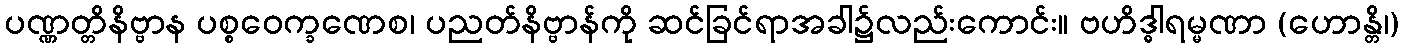
ပဏ္ဏတ္တိနိဗ္ဗာန ပစ္စဝေက္ခဏေစ၊ ပညတ်နိဗ္ဗာန်ကို ဆင်ခြင်ရာအခါ၌လည်းကောင်း။ ဗဟိဒ္ဓါရမ္မဏာ (ဟောန္တိ၊)